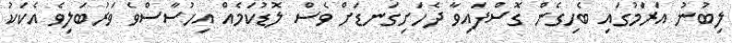
ލިބުނު އަރާުމުގައި ބެހިގެން ގޮސްފައިވާ ދެހަށިގަނޑަށް ވެސް ލޮޑުކަމެއް އިހުސާސްވެ ވަރުބަލިވެ އެކަކު